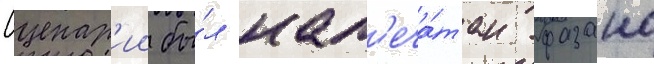
Сценар'ии бы́л нап'еча́тан фазано